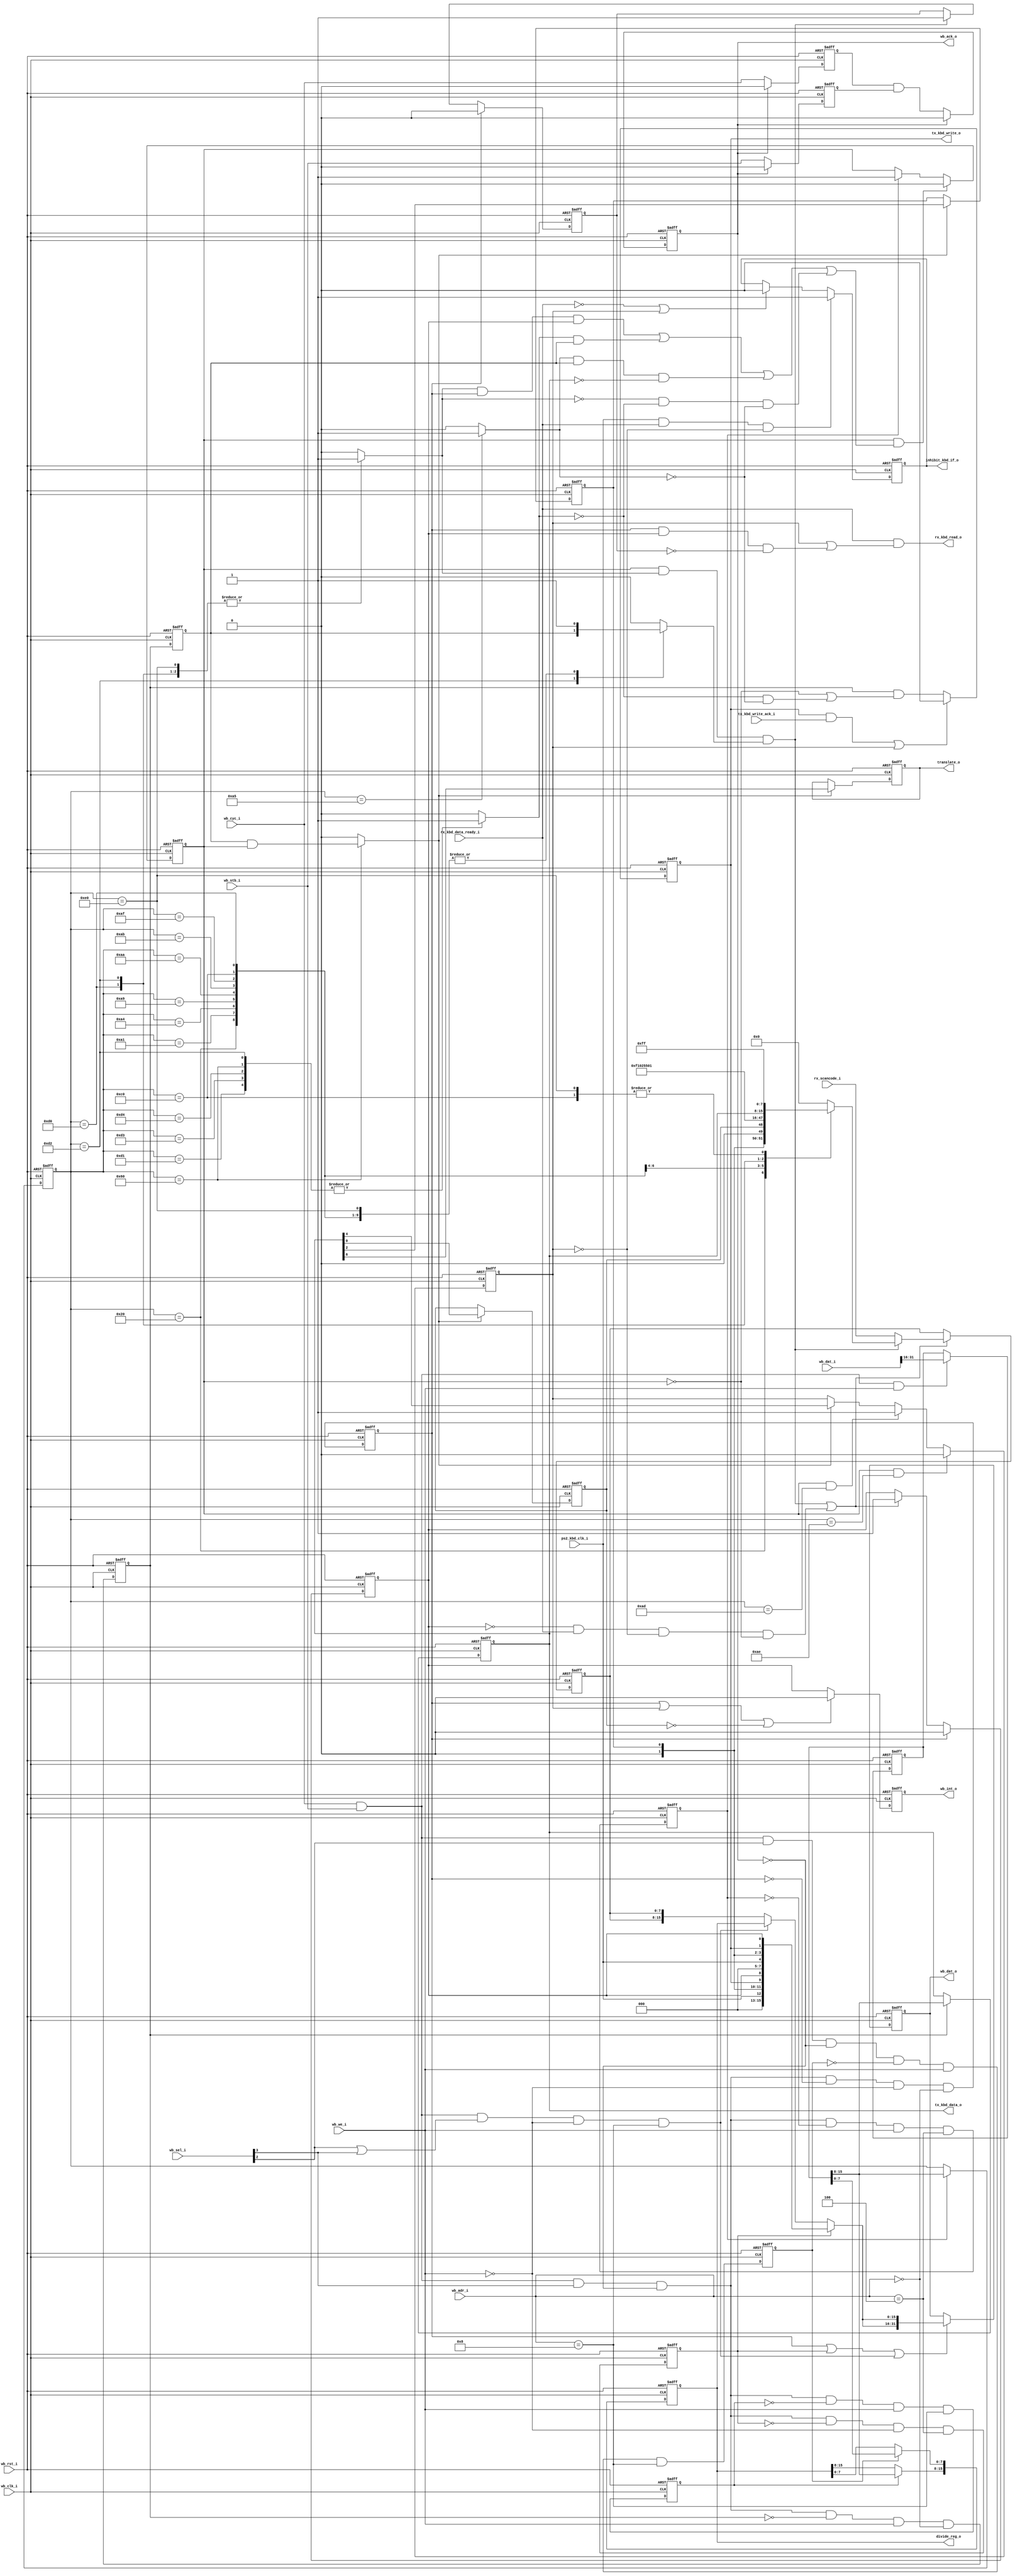
module ps2_wb_if
(
    wb_clk_i,
    wb_rst_i,
    wb_cyc_i,
    wb_stb_i,
    wb_we_i,
    wb_sel_i,
    wb_adr_i,
    wb_dat_i,
    wb_dat_o,
    wb_ack_o,

    wb_int_o,

    tx_kbd_write_ack_i,
    tx_kbd_data_o,
    tx_kbd_write_o,
    rx_scancode_i,
    rx_kbd_data_ready_i,
    rx_kbd_read_o,
    translate_o,
    ps2_kbd_clk_i,
    divide_reg_o,
    inhibit_kbd_if_o
    `ifdef PS2_AUX
    ,
    wb_intb_o,

    rx_aux_data_i,
    rx_aux_data_ready_i,
    rx_aux_read_o,
    tx_aux_data_o,
    tx_aux_write_o,
    tx_aux_write_ack_i,
    ps2_aux_clk_i,
    inhibit_aux_if_o
`endif
) ;

input wb_clk_i,
      wb_rst_i,
      wb_cyc_i,
      wb_stb_i,
      wb_we_i ;

input [3:0]  wb_sel_i ;

input [3:0]  wb_adr_i ;

input [31:0]  wb_dat_i ;

output [31:0] wb_dat_o ;

output wb_ack_o ;

reg wb_ack_o ;

output wb_int_o ;
reg    wb_int_o ;

input tx_kbd_write_ack_i ;

input [7:0] rx_scancode_i ;
input       rx_kbd_data_ready_i ;
output      rx_kbd_read_o ;

output      tx_kbd_write_o ;
output [7:0] tx_kbd_data_o ;

output translate_o ;
input  ps2_kbd_clk_i ;

output inhibit_kbd_if_o ;

reg [7:0] input_buffer,
          output_buffer ;

output [15:0] divide_reg_o;
reg    [15:0] divide_reg;
assign        divide_reg_o = divide_reg;


reg [15:0] wb_dat_i_sampled ;
always@(posedge wb_clk_i or posedge wb_rst_i)
begin
    if ( wb_rst_i )
        wb_dat_i_sampled <= #1 0 ;
    else if ( wb_cyc_i && wb_stb_i && wb_we_i )
        wb_dat_i_sampled <= #1 wb_dat_i[31:16] ;
end

`ifdef PS2_AUX
output wb_intb_o ;
reg    wb_intb_o ;

input  [7:0]    rx_aux_data_i ;
input           rx_aux_data_ready_i ;
output          rx_aux_read_o ;
output [7:0]    tx_aux_data_o ;
output          tx_aux_write_o ;
input           tx_aux_write_ack_i ;
input           ps2_aux_clk_i ;
output          inhibit_aux_if_o ;
reg             inhibit_aux_if_o ;
reg             aux_output_buffer_full ;
reg             aux_input_buffer_full ;
reg             interrupt2 ;
reg             enable2    ;
assign          tx_aux_data_o  = output_buffer ;
assign          tx_aux_write_o = aux_output_buffer_full ;
`else
wire aux_input_buffer_full  = 1'b0 ;
wire aux_output_buffer_full = 1'b0 ;
wire interrupt2             = 1'b0 ;
wire enable2                = 1'b1 ;
`endif

assign tx_kbd_data_o = output_buffer ;

reg input_buffer_full,   // receive buffer
    output_buffer_full ; // transmit buffer

assign tx_kbd_write_o = output_buffer_full ;

wire system_flag ;
wire a2                       = 1'b0 ;
wire kbd_inhibit              = ps2_kbd_clk_i ;
wire timeout                  = 1'b0 ;
wire perr                     = 1'b0 ;

wire [7:0] status_byte = {perr, timeout, aux_input_buffer_full, kbd_inhibit, a2, system_flag, output_buffer_full || aux_output_buffer_full, input_buffer_full} ;

reg  read_input_buffer_reg ;
wire read_input_buffer = wb_cyc_i && wb_stb_i && wb_sel_i[3] && !wb_ack_o && !read_input_buffer_reg && !wb_we_i && (wb_adr_i[3:0] == 4'h0) ;

reg  write_output_buffer_reg ;
wire write_output_buffer  = wb_cyc_i && wb_stb_i && wb_sel_i[3] && !wb_ack_o && !write_output_buffer_reg && wb_we_i  && (wb_adr_i[3:0] == 4'h0) ;

reg  read_status_register_reg ;
wire read_status_register = wb_cyc_i && wb_stb_i && wb_sel_i[3] && !wb_ack_o && !read_status_register_reg && !wb_we_i && (wb_adr_i[3:0] == 4'h4) ;

reg  send_command_reg ;
wire send_command = wb_cyc_i && wb_stb_i && wb_sel_i[3] && !wb_ack_o && !send_command_reg && wb_we_i  && (wb_adr_i[3:0] == 4'h4) ;

reg  write_divide_reg0 ;
wire write_divide0 = wb_cyc_i && wb_stb_i && wb_sel_i[2] && !wb_ack_o && !write_divide_reg0 && wb_we_i  && (wb_adr_i[3:0] == 4'h8) ;

//reg  read_divide_reg ;
wire read_divide = wb_cyc_i && wb_stb_i &&  ( wb_sel_i[2]|| wb_sel_i [3] ) && !wb_we_i  && (wb_adr_i[3:0] == 4'h8) ;

reg  write_divide_reg1 ;
wire write_divide1 = wb_cyc_i && wb_stb_i && wb_sel_i[3] && !wb_ack_o && !write_divide_reg1 && wb_we_i  && (wb_adr_i[3:0] == 4'h8) ;


reg  translate_o,
     enable1,
     system,
     interrupt1 ;

reg inhibit_kbd_if_o ;
always@(posedge wb_clk_i or posedge wb_rst_i)
begin
    if ( wb_rst_i )
        inhibit_kbd_if_o <= #1 1'b0 ;
    else if ( ps2_kbd_clk_i && rx_kbd_data_ready_i && !enable1)
        inhibit_kbd_if_o <= #1 1'b1 ;
    else if ( !rx_kbd_data_ready_i || enable1 )
        inhibit_kbd_if_o <= #1 1'b0 ;

end

`ifdef PS2_AUX
always@(posedge wb_clk_i or posedge wb_rst_i)
begin
    if ( wb_rst_i )
        inhibit_aux_if_o <= #1 1'b1 ;
    else if ( ps2_aux_clk_i && rx_aux_data_ready_i && !enable2 )
        inhibit_aux_if_o <= #1 1'b1 ;
    else if ( !rx_aux_data_ready_i || enable2 )
        inhibit_aux_if_o <= #1 1'b0 ;

end
`endif

assign system_flag = system ;

wire [7:0] command_byte = {1'b0, translate_o, enable2, enable1, 1'b0, system, interrupt2, interrupt1} ;

reg [7:0] current_command ;
reg [7:0] current_command_output ;

always@(posedge wb_clk_i or posedge wb_rst_i)
begin
    if ( wb_rst_i )
    begin
        send_command_reg         <= #1 1'b0 ;
        read_input_buffer_reg    <= #1 1'b0 ;
        write_output_buffer_reg  <= #1 1'b0 ;
        read_status_register_reg <= #1 1'b0 ;
        write_divide_reg0        <= #1 1'b0 ;
        //read_divide_reg          <= #1 1'b0 ;
        write_divide_reg1        <= #1 1'b0 ;
   end
    else
    begin
        send_command_reg         <= #1 send_command ;
        read_input_buffer_reg    <= #1 read_input_buffer ;
        write_output_buffer_reg  <= #1 write_output_buffer ;
        read_status_register_reg <= #1 read_status_register ;
        write_divide_reg0        <= #1 write_divide0 ;
        //read_divide_reg          <= #1 read_divide ;
        write_divide_reg1        <= #1 write_divide1 ;
    end
end

always@(posedge wb_clk_i or posedge wb_rst_i)
begin
    if ( wb_rst_i )
        current_command <= #1 8'h0 ;
    else if ( send_command_reg )
        current_command <= #1 wb_dat_i_sampled[15:8] ;
end

reg current_command_valid,
    current_command_returns_value,
    current_command_gets_parameter,
    current_command_gets_null_terminated_string ;

reg write_output_buffer_reg_previous ;
always@(posedge wb_clk_i or posedge wb_rst_i)
begin
    if ( wb_rst_i )
        write_output_buffer_reg_previous <= #1 1'b0 ;
    else
        write_output_buffer_reg_previous <= #1 write_output_buffer_reg ;
end

wire invalidate_current_command =
     current_command_valid &&
     (( current_command_returns_value && read_input_buffer_reg && input_buffer_full) ||
      ( current_command_gets_parameter && write_output_buffer_reg_previous ) ||
      ( current_command_gets_null_terminated_string && write_output_buffer_reg_previous && (output_buffer == 8'h00) ) ||
      ( !current_command_returns_value && !current_command_gets_parameter && !current_command_gets_null_terminated_string )
     ) ;

always@(posedge wb_clk_i or posedge wb_rst_i)
begin
    if ( wb_rst_i )
        current_command_valid <= #1 1'b0 ;
    else if ( invalidate_current_command )
        current_command_valid <= #1 1'b0 ;
    else if ( send_command_reg )
        current_command_valid <= #1 1'b1 ;

end

reg write_command_byte ;
reg current_command_output_valid ;
always@(
    current_command or
    command_byte or
    write_output_buffer_reg_previous or
    current_command_valid or
    output_buffer
)
begin
    current_command_returns_value               = 1'b0 ;
    current_command_gets_parameter              = 1'b0 ;
    current_command_gets_null_terminated_string = 1'b0 ;
    current_command_output                      = 8'h00 ;
    write_command_byte                          = 1'b0 ;
    current_command_output_valid                = 1'b0 ;
    case(current_command)
        8'h20:begin
                  current_command_returns_value  = 1'b1 ;
                  current_command_output         = command_byte ;
                  current_command_output_valid   = 1'b1 ;
              end
        8'h60:begin
                  current_command_gets_parameter = 1'b1 ;
                  write_command_byte             = write_output_buffer_reg_previous && current_command_valid ;
              end
        8'hA1:begin
                  current_command_returns_value = 1'b1 ;
                  current_command_output        = 8'h00 ;
                  current_command_output_valid  = 1'b1 ;
              end
        8'hA4:begin
                  current_command_returns_value = 1'b1 ;
                  current_command_output        = 8'hF1 ;
                  current_command_output_valid  = 1'b1 ;
              end
        8'hA5:begin
                  current_command_gets_null_terminated_string = 1'b1 ;
              end
        8'hA6:begin
              end
        8'hA7:begin
              end
        8'hA8:begin
              end
        8'hA9:begin
                  current_command_returns_value = 1'b1 ;
                  current_command_output_valid  = 1'b1 ;
                  `ifdef PS2_AUX
                  current_command_output        = 8'h00 ;  // interface OK
                  `else
                  current_command_output        = 8'h02 ; // clock line stuck high
                  `endif
              end
        8'hAA:begin
                  current_command_returns_value = 1'b1 ;
                  current_command_output        = 8'h55 ;
                  current_command_output_valid  = 1'b1 ;
              end
        8'hAB:begin
                  current_command_returns_value = 1'b1 ;
                  current_command_output        = 8'h00 ;
                  current_command_output_valid  = 1'b1 ;
              end
        8'hAD:begin
              end
        8'hAE:begin
              end
        8'hAF:begin
                  current_command_returns_value = 1'b1 ;
                  current_command_output        = 8'h00 ;
                  current_command_output_valid  = 1'b1 ;
              end
        8'hC0:begin
                  current_command_returns_value = 1'b1 ;
                  current_command_output        = 8'hFF ;
                  current_command_output_valid  = 1'b1 ;
              end
        8'hC1:begin
              end
        8'hC2:begin
              end
        8'hD0:begin
                  current_command_returns_value = 1'b1 ;
                  current_command_output        = 8'h01 ; // only system reset bit is 1
                  current_command_output_valid  = 1'b1 ;
              end
        8'hD1:begin
                  current_command_gets_parameter = 1'b1 ;
              end
        8'hD2:begin
                  current_command_returns_value   = 1'b1 ;
                  current_command_gets_parameter  = 1'b1 ;
                  current_command_output          = output_buffer ;
                  current_command_output_valid    = write_output_buffer_reg_previous ;
              end
        8'hD3:begin
                  current_command_gets_parameter = 1'b1 ;
                  `ifdef PS2_AUX
                  current_command_returns_value  = 1'b1 ;
                  current_command_output         = output_buffer ;
                  current_command_output_valid   = write_output_buffer_reg_previous ;
                  `endif
              end
        8'hD4:begin
                  current_command_gets_parameter = 1'b1 ;
              end
        8'hE0:begin
                  current_command_returns_value = 1'b1 ;
                  current_command_output        = 8'hFF ;
                  current_command_output_valid  = 1'b1 ;
              end
    endcase
end

reg cyc_i_previous ;
reg stb_i_previous ;

always@(posedge wb_clk_i or posedge wb_rst_i)
begin
    if ( wb_rst_i )
    begin
        cyc_i_previous <= #1 1'b0 ;
        stb_i_previous <= #1 1'b0 ;
    end
    else if ( wb_ack_o )
    begin
        cyc_i_previous <= #1 1'b0 ;
        stb_i_previous <= #1 1'b0 ;
    end
    else
    begin
        cyc_i_previous <= #1 wb_cyc_i ;
        stb_i_previous <= #1 wb_stb_i ;
    end

end

always@(posedge wb_clk_i or posedge wb_rst_i)
begin
    if ( wb_rst_i )
        wb_ack_o <= #1 1'b0 ;
    else if ( wb_ack_o )
        wb_ack_o <= #1 1'b0 ;
    else
        wb_ack_o <= #1 cyc_i_previous && stb_i_previous ;
end

reg [31:0] wb_dat_o ;
wire wb_read = read_input_buffer_reg || read_status_register_reg || read_divide ;

wire [15:0] output_data = read_status_register_reg ? {2{status_byte}} : read_divide ? divide_reg : {2{input_buffer}} ;
always@(posedge wb_clk_i or posedge wb_rst_i)
begin
    if ( wb_rst_i )
        wb_dat_o <= #1 32'h0 ;
    else if ( wb_read )
        wb_dat_o <= #1 {2{output_data}} ;
end

always@(posedge wb_clk_i or posedge wb_rst_i)
begin
    if ( wb_rst_i )
        output_buffer_full <= #1 1'b0 ;
    else if ( output_buffer_full && tx_kbd_write_ack_i || enable1)
        output_buffer_full <= #1 1'b0 ;
    else
        output_buffer_full <= #1 write_output_buffer_reg && (!current_command_valid || (!current_command_gets_parameter && !current_command_gets_null_terminated_string)) ;
end

`ifdef PS2_AUX
always@(posedge wb_clk_i or posedge wb_rst_i)
begin
    if ( wb_rst_i )
        aux_output_buffer_full <= #1 1'b0 ;
    else if ( aux_output_buffer_full && tx_aux_write_ack_i || enable2)
        aux_output_buffer_full <= #1 1'b0 ;
    else
        aux_output_buffer_full <= #1 write_output_buffer_reg && current_command_valid && (current_command == 8'hD4) ;
end
`endif

always@(posedge wb_clk_i or posedge wb_rst_i)
begin
    if ( wb_rst_i )
        output_buffer <= #1 8'h00 ;
    else if ( write_output_buffer_reg )
        output_buffer <= #1 wb_dat_i_sampled[15:8];
end

always@(posedge wb_clk_i or posedge wb_rst_i)
begin
    if ( wb_rst_i )
        divide_reg <= #1 8'h00 ;
    else 
      begin
      if ( write_divide_reg0 )
        divide_reg[7:0] <= #1 wb_dat_i_sampled[7:0] ;
      if ( write_divide_reg1 )
        divide_reg[15:8] <= #1 wb_dat_i_sampled[15:8] ;
      end
end

always@(posedge wb_clk_i or posedge wb_rst_i)
begin
    if ( wb_rst_i )
    begin
        translate_o <= #1 1'b0 ;
        system      <= #1 1'b0 ;
        interrupt1  <= #1 1'b0 ;
        `ifdef PS2_AUX
        interrupt2  <= #1 1'b0 ;
        `endif
    end
    else if ( write_command_byte )
    begin
        translate_o <= #1 output_buffer[6] ;
        system      <= #1 output_buffer[2] ;
        interrupt1  <= #1 output_buffer[0] ;
        `ifdef PS2_AUX
        interrupt2  <= #1 output_buffer[1] ;
        `endif
    end
end

always@(posedge wb_clk_i or posedge wb_rst_i)
begin
    if ( wb_rst_i )
        enable1 <= #1 1'b1 ;
    else if ( current_command_valid && (current_command == 8'hAE) )
        enable1 <= #1 1'b0 ;
    else if ( current_command_valid && (current_command == 8'hAD) )
        enable1 <= #1 1'b1 ;
    else if ( write_command_byte )
        enable1 <= #1 output_buffer[4] ;

end

`ifdef PS2_AUX
always@(posedge wb_clk_i or posedge wb_rst_i)
begin
    if ( wb_rst_i )
        enable2 <= #1 1'b1 ;
    else if ( current_command_valid && (current_command == 8'hA8) )
        enable2 <= #1 1'b0 ;
    else if ( current_command_valid && (current_command == 8'hA7) )
        enable2 <= #1 1'b1 ;
    else if ( write_command_byte )
        enable2 <= #1 output_buffer[5] ;

end
`endif

wire write_input_buffer_from_command = current_command_valid && current_command_returns_value && current_command_output_valid ;
wire write_input_buffer_from_kbd     = !input_buffer_full && rx_kbd_data_ready_i && !enable1 && !current_command_valid ;

`ifdef PS2_AUX
wire write_input_buffer_from_aux     = !input_buffer_full && rx_aux_data_ready_i && !enable2 && !current_command_valid && !write_input_buffer_from_kbd ;
`endif

wire load_input_buffer_value =
    write_input_buffer_from_command
    ||
    write_input_buffer_from_kbd
    `ifdef PS2_AUX
    ||
    write_input_buffer_from_aux
    `endif
    ;

always@(posedge wb_clk_i or posedge wb_rst_i)
begin
    if ( wb_rst_i )
        input_buffer_full <= #1 1'b0 ;
    else if ( read_input_buffer_reg )
        input_buffer_full <= #1 1'b0 ;
    else if ( load_input_buffer_value )
        input_buffer_full <= #1 1'b1 ;
end

`ifdef PS2_AUX
always@(posedge wb_clk_i or posedge wb_rst_i)
begin
    if ( wb_rst_i )
        aux_input_buffer_full <= #1 1'b0 ;
    else if ( read_input_buffer_reg )
        aux_input_buffer_full <= #1 1'b0 ;
    else if ( write_input_buffer_from_aux || (write_input_buffer_from_command && (current_command == 8'hD3)) )
        aux_input_buffer_full <= #1 1'b1 ;
end
`endif

reg input_buffer_filled_from_command ;
always@(posedge wb_clk_i or posedge wb_rst_i)
begin
    if ( wb_rst_i )
        input_buffer_filled_from_command <= #1 1'b0 ;
    else if ( read_input_buffer_reg )
        input_buffer_filled_from_command <= #1 1'b0 ;
    else if ( write_input_buffer_from_command )
        input_buffer_filled_from_command <= #1 1'b1 ;
end

`ifdef PS2_AUX
reg [7:0] value_to_load_in_input_buffer ;
always@
(
    write_input_buffer_from_command
    or
    current_command_output
    or
    rx_scancode_i
    or
    write_input_buffer_from_kbd
    or
    rx_aux_data_i
)
begin
    case ({write_input_buffer_from_command, write_input_buffer_from_kbd})
        2'b10,
        2'b11   :   value_to_load_in_input_buffer = current_command_output ;
        2'b01   :   value_to_load_in_input_buffer = rx_scancode_i ;
        2'b00   :   value_to_load_in_input_buffer = rx_aux_data_i ;
    endcase
end

`else
wire [7:0] value_to_load_in_input_buffer = write_input_buffer_from_command ? current_command_output : rx_scancode_i ;
`endif

always@(posedge wb_clk_i or posedge wb_rst_i)
begin
    if ( wb_rst_i )
        input_buffer <= #1 8'h00 ;
    else if ( load_input_buffer_value )
        input_buffer <= #1 value_to_load_in_input_buffer ;
end

assign rx_kbd_read_o = rx_kbd_data_ready_i &&
                       ( enable1
                         ||
                         ( read_input_buffer_reg
                           &&
                           input_buffer_full
                           &&
                           !input_buffer_filled_from_command
                           `ifdef PS2_AUX
                           &&
                           !aux_input_buffer_full
                           `endif
                          )
                        );

`ifdef PS2_AUX
assign rx_aux_read_o = rx_aux_data_ready_i &&
                       ( enable2 ||
                         ( read_input_buffer_reg
                           &&
                           input_buffer_full
                           &&
                           aux_input_buffer_full
                           &&
                           !input_buffer_filled_from_command
                          )
                        );
`endif

always@(posedge wb_clk_i or posedge wb_rst_i)
begin
    if ( wb_rst_i )
        wb_int_o <= #1 1'b0 ;
    else if ( read_input_buffer_reg || enable1 || !interrupt1)
        wb_int_o <= #1 1'b0 ;
    else
        wb_int_o <= #1 input_buffer_full
                       `ifdef PS2_AUX
                       &&
                       !aux_input_buffer_full
                       `endif
                       ;
end

`ifdef PS2_AUX
always@(posedge wb_clk_i or posedge wb_rst_i)
begin
    if ( wb_rst_i )
        wb_intb_o <= #1 1'b0 ;
    else if ( read_input_buffer_reg || enable2 || !interrupt2)
        wb_intb_o <= #1 1'b0 ;
    else
        wb_intb_o <= #1 input_buffer_full
                       &&
                       aux_input_buffer_full
                       ;
end
`endif

endmodule